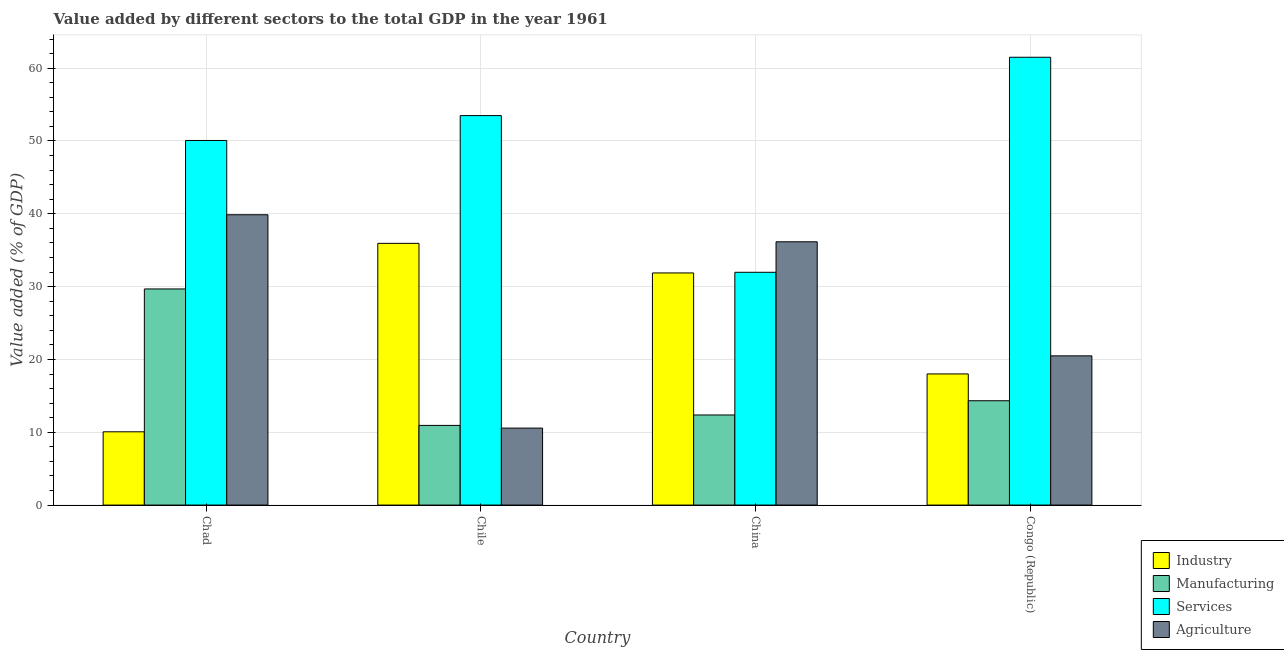
| Country | Industry | Manufacturing | Services | Agriculture |
 | --- | --- | --- | --- | --- |
 | Chad | 10.1 | 29.7 | 50.1 | 39.9 |
 | Chile | 35.9 | 10.9 | 53.5 | 10.6 |
 | China | 31.9 | 12.4 | 32 | 36.2 |
 | Congo (Republic) | 18 | 14.3 | 61.5 | 20.5 |